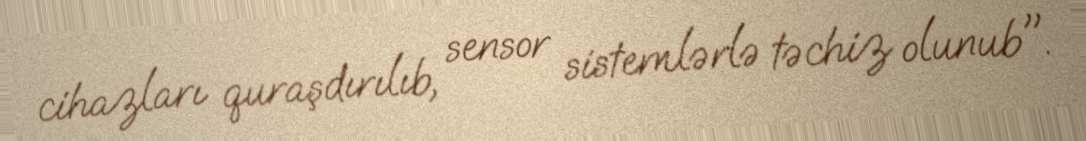
cihazları quraşdırılıb, sensor sistemlərlə təchiz olunub".